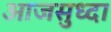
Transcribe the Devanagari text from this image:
आजसुध्दा